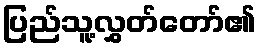
ပြည်သူ့လွှတ်တော်၏